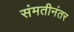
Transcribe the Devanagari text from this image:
संमतीनंतर